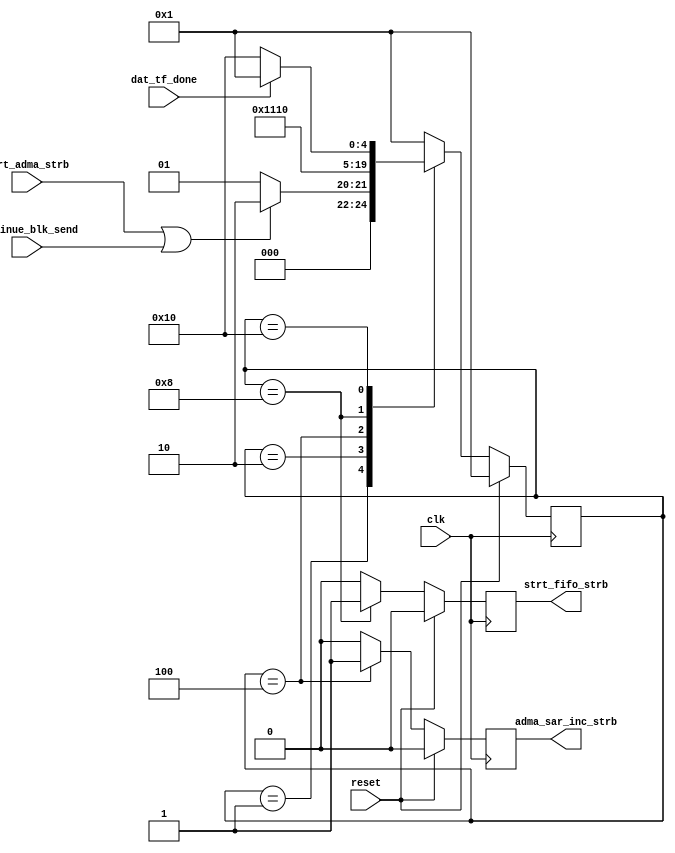
`timescale 1ns / 1ps
///////////////////////////////////////////////////////////////////////////////
// Company: 
// Engineer: 
// 
// Design Name: 
// Module Name:    adma2_fsm 
// Project Name: 
// Target Devices: 
// Tool versions: 
// Description: 
//
// Dependencies: 	This modules takes care of the advanced dma state machine.
//						Section 1.13.5 ADMA2 States.	We will simplify this state 
//						machine greatly.  It will go around once and stops as
//        			it sends out 512 blocks of data.  We don't need to fetch
//						the descriptor item.  We will only have one descriptor
//						item, perhaps in the future we can expand this state machine
//						further to support more than one descriptor item.	We will
//						consider one item as one block of data.
//
// Revision: 
// Revision 0.01 - File Created
// Additional Comments: 
//
///////////////////////////////////////////////////////////////////////////////
module adma2_fsm(
   input 				clk,
   input 				reset,
   input 				strt_adma_strb, 	// ready to start the data transfer
	input 				continue_blk_send,													 	 
	input					dat_tf_done,		// Finished with data transfer from fifo.
	output				adma_sar_inc_strb,												  
	output reg			strt_fifo_strb		// start to save data into the fifo.	
	);	
												 														   
	reg	adma_sar_inc_strb_reg;	// increments adma sys. addr. reg.	 
	
	// Initialize sequential logic
	initial			
	begin													  
		strt_fifo_strb				<= 1'b0;	  
		adma_sar_inc_strb_reg	<= 1'b0;		
	end
	
	// Assign registers to outputs.
	// for the sd host controller memory map												  
	assign adma_sar_inc_strb	= adma_sar_inc_strb_reg;
	
	// ADMA2 State Machine
	// Here we start to fetch the data from the System Memory RAM
	// and send it to the SD card.  We will stop when we come to
	// the last data set (block).
   parameter state_stop 	= 5'b0_0001; 	// stop dma
   parameter state_fds 		= 5'b0_0010;	// fetch descr
   parameter state_cadr 	= 5'b0_0100;	// change address
   parameter state_tfr		= 5'b0_1000;	// transfer data 
   parameter state_tfr_wt	= 5'b1_0000;	// transfer data

   (* FSM_ENCODING="ONE-HOT", SAFE_IMPLEMENTATION="YES", 
	SAFE_RECOVERY_STATE="state_stop" *) 
	reg [4:0] state = state_stop;

   always@(posedge clk)
      if (reset) begin
         state 								<= state_stop;
         //<outputs> <= <initial_values>;				
			strt_fifo_strb						<= 1'b0;
			adma_sar_inc_strb_reg			<= 1'b0;		
      end
      else
         (* PARALLEL_CASE *) case (state)
            state_stop : begin
               if (strt_adma_strb | continue_blk_send)
                  state 					<= state_fds;
               else if (!strt_adma_strb | !continue_blk_send)
                  state 					<= state_stop;
               else
                  state 					<= state_stop;
               //<outputs> <= <values>;		  	  
					strt_fifo_strb				<= 1'b0;
					adma_sar_inc_strb_reg	<= 1'b0;
            end
            state_fds : begin
               state 						<= state_cadr;
               //<outputs> <= <values>;		  									
					strt_fifo_strb				<= 1'b0;
					adma_sar_inc_strb_reg	<= 1'b0;		
            end  													
            state_cadr : begin								
               state 						<= state_tfr;
               //<outputs> <= <values>;		 		
					strt_fifo_strb				<= 1'b0;
					// We'll only increment the adma system address here.
					// If in the future we should support the link attribute,
					// we may need to implement the Mealy state machine.
					adma_sar_inc_strb_reg	<= 1'b1;		
            end
            state_tfr : begin
               state 						<= state_tfr_wt;
               //<outputs> <= <values>;		  	  
					strt_fifo_strb				<= 1'b1; // from system memory ram
					adma_sar_inc_strb_reg	<= 1'b0;
            end										  
            state_tfr_wt : begin
					// Here we start to send out the data to the sd card.
					// Or read data from the sd card.  We will only transfer the
					// data only if the D0 line is not busy.
               if (dat_tf_done)
                  state 					<= state_stop;					
					else if (!dat_tf_done) 
                  state 					<= state_tfr_wt;
               else
                  state 					<= state_stop;
               //<outputs> <= <values>;		  					  
					strt_fifo_strb				<= 1'b0; // from system memory ram
					adma_sar_inc_strb_reg	<= 1'b0;		 		  
            end
            default: begin  // Fault Recovery
               state 						<= state_stop;
               //<outputs> <= <values>;				
					strt_fifo_strb				<= 1'b0;
					adma_sar_inc_strb_reg	<= 1'b0;		
				end
         endcase
							

endmodule